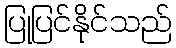
ပြုပြင်နိုင်သည်